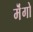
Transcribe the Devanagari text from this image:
मॆंगो